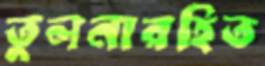
তুলনারহিত